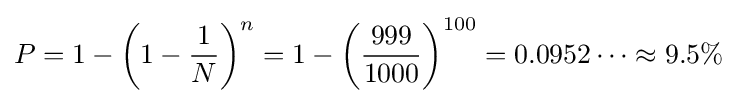
P=1-\left(1-{\frac {1}{N}}\right)^{n}=1-\left({\frac {999}{1000}}\right)^{100}=0.0952\dots \approx 9.5\%